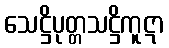
သေဋ္ဌိပုတ္တသဋ္ဌိကူဋာ